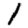
Digit: 1